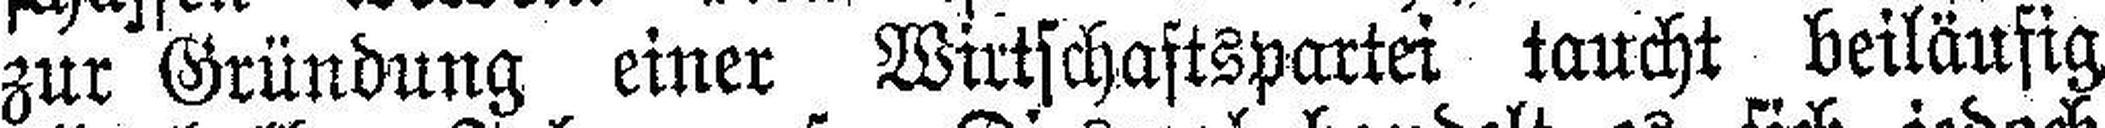
zur Gründung einer Wirtschaftspartei taucht beiläufig